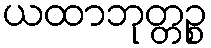
ယထာဘုတ္တဉ္စ